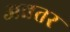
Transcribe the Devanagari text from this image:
अन्नतर